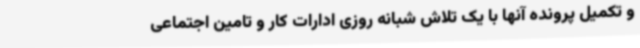
و تکمیل پرونده آنها با یک تلاش شبانه روزی ادارات کار و تامین اجتماعی